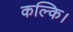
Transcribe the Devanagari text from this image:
कल्कि।